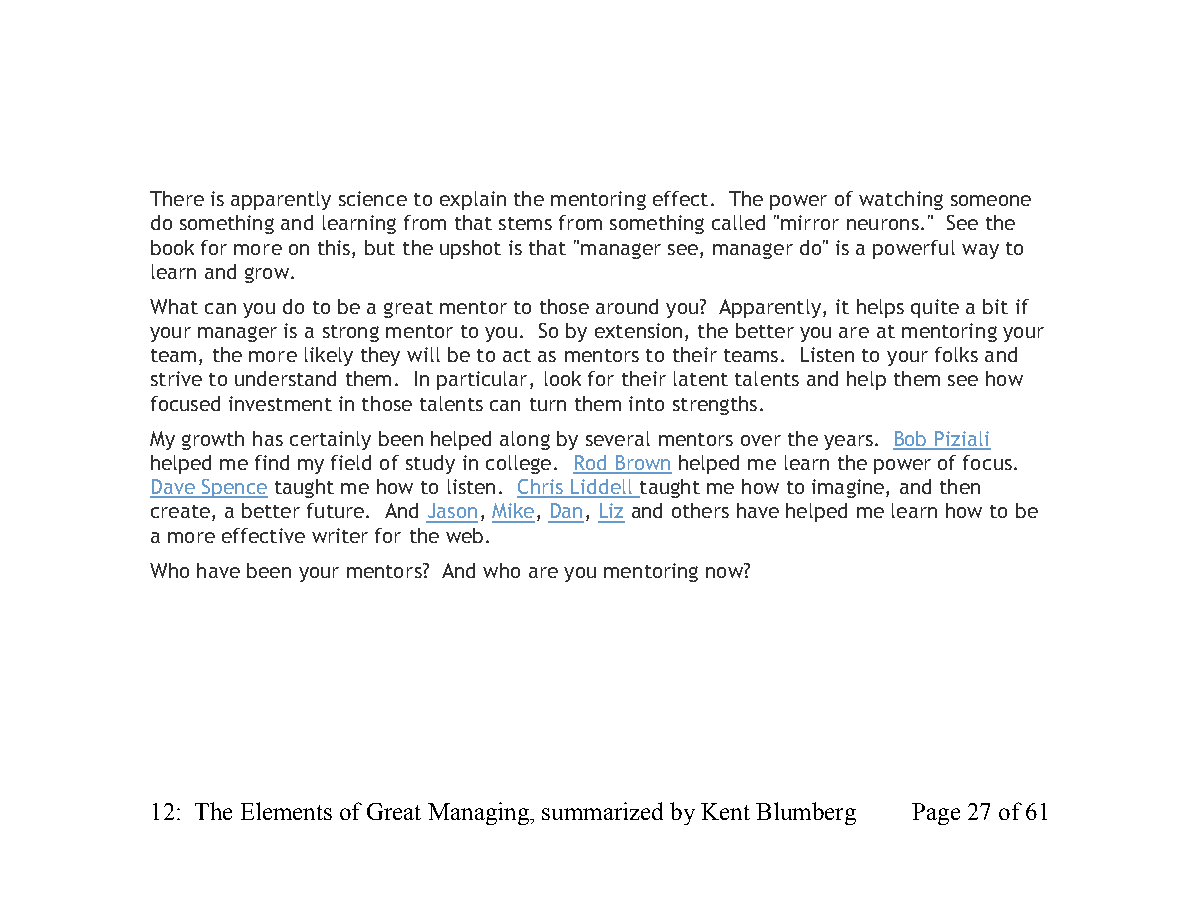
There is apparently science to explain the mentoring effect. The power of watching someone
 do something and learning from that stems from something called "mirror neurons." See the
 book for more on this, but the upshot is that "manager see, manager do" is a powerful way to
 learn and grow.
 What can you do to be a great mentor to those around you? Apparently, it helps quite a bit if
 your manager is a strong mentor to you. So by extension, the better you are at mentoring your
 team, the more likely they will be to act as mentors to their teams. Listen to your folks and
 strive to understand them. In particular, look for their latent talents and help them see how
 focused investment in those talents can turn them into strengths.
 My growth has certainly been helped along by several mentors over the years. Bob Piziali
 helped me find my field of study in college. Rod Brown helped me learn the power of focus.
 Dave Spence taught me how to listen. Chris Liddell taught me how to imagine, and then
 create, a better future. And Jason, Mike, Dan, Lizand others have helped me learn how to be
 a more effective writer for the web.
 Who have been your mentors? And who are you mentoring now?
 12: The Elements of Great Managing, summarized by Kent Blumberg Page 27 of 61